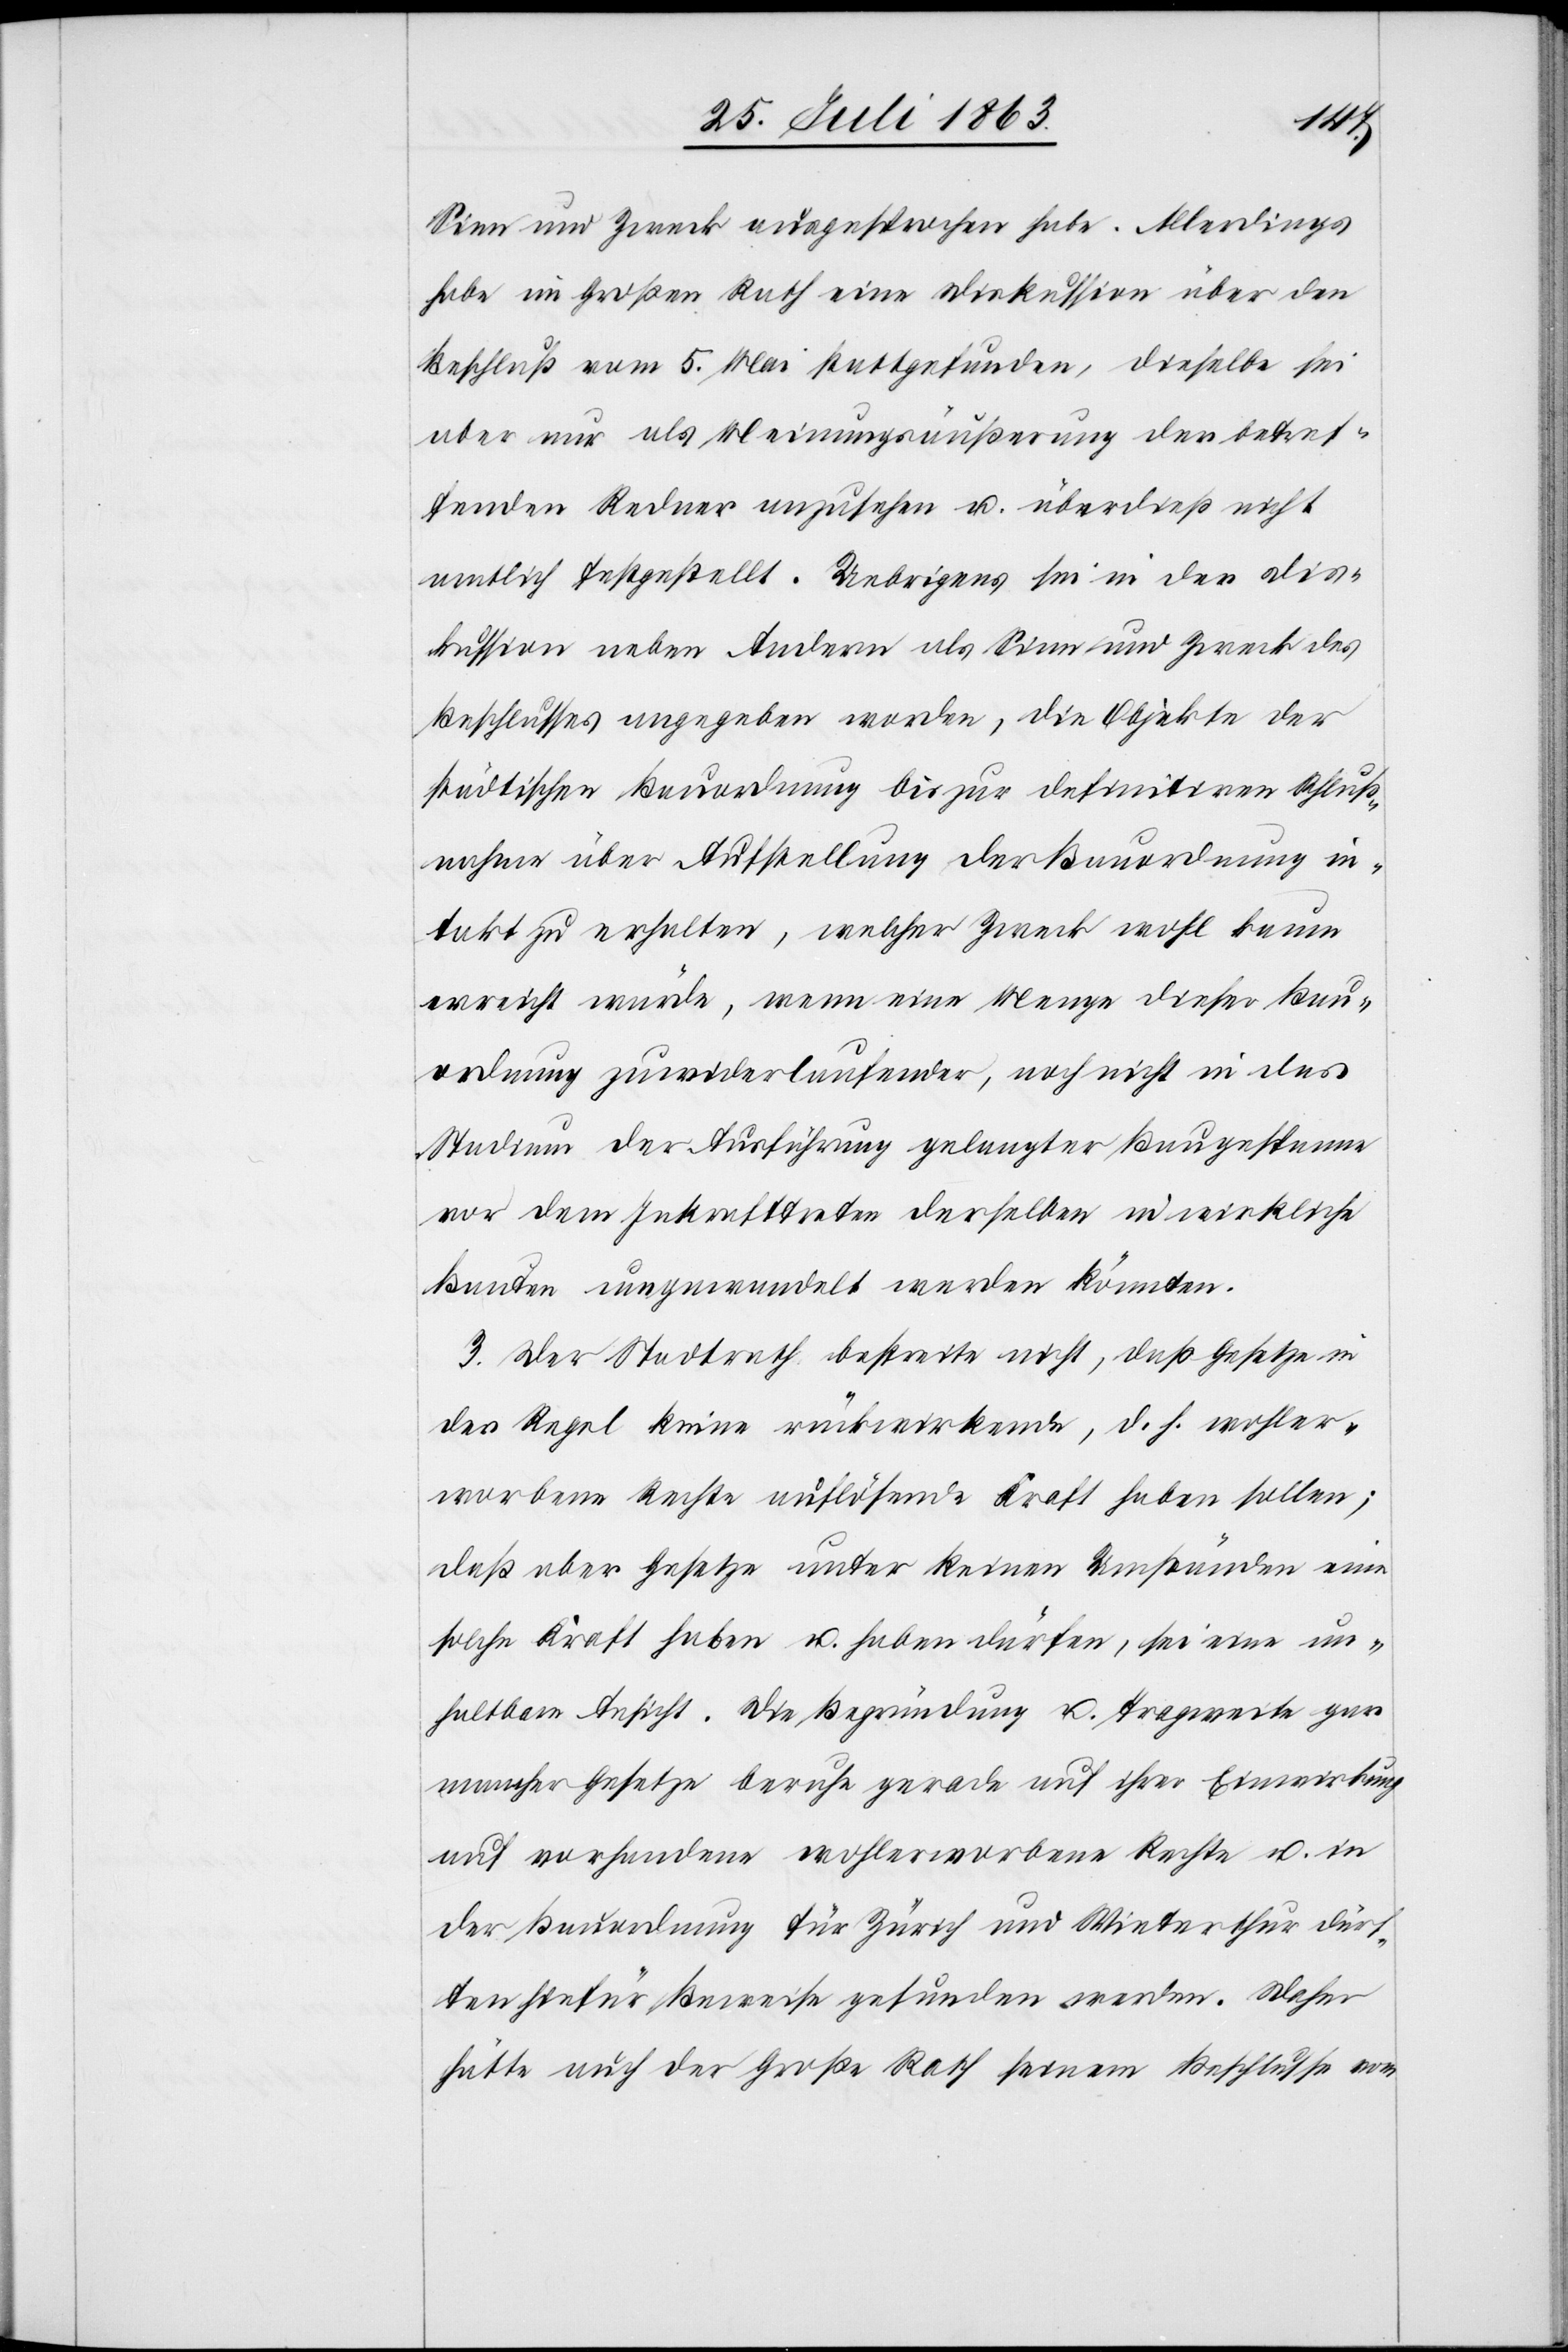
Sinn und Zweck ausgesprochen habe. Allerdings
habe im Großen Rath eine Diskussion über den
Beschluß vom 5. Mai stattgefunden, dieselbe sei
aber nur als Meinungsäußerung der betref¬
fenden Redner anzusehen u. überdieß nicht
amtlich festgestellt. Uebrigens sei in der Dis¬
kussion neben Anderm als Sinn und Zweck des
Beschlusses angegeben worden, die Objekte der
städtischen Bauordnung bis zur definitiven Schluß¬
nahme über Aufstellung der Bauordnung in¬
takt zu erhalten, welcher Zweck wohl kaum
erreicht würde, wenn eine Menge dieser Bau¬
ordnung zuwiderlaufender, noch nicht in das
Stadium der Ausführung gelangter Baugespanne
vor dem Inkrafttreten derselben in wirkliche
Bauten umgewandelt werden könnten.
3. Der Stadtrath bestreite nicht, daß Gesetze in
der Regel keine rückwirkende, d. h. wohler¬
worbene Rechte auflösende Kraft haben sollen;
daß aber Gesetze unter keinen Umständen eine
solche Kraft haben u. haben dürfen, sei eine un¬
haltbare Ansicht. Die Begründung u. Tragweite gar
mancher Gesetze beruhe gerade auf ihrer Einwirkung
auf vorhandene wohlerworbene Rechte u. in
der Bauordnung für Zürich und Winterthur dürf¬
ten hiefür Beweise gefunden werden. Daher
hätte auch der Große Rath seinem Beschlusse vom